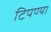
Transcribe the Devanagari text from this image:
टिपण्या